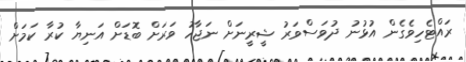
ރައްޓެހިވެގެން އުޅުނު ދުވަސްވަރު ޝީރީނަށް ނަޖާހު ވަރަށް ބޮޑަށް އަނިޔާ ކުރާ ކަމަށް